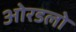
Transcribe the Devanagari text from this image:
ओरडलो